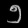
Digit: ၅